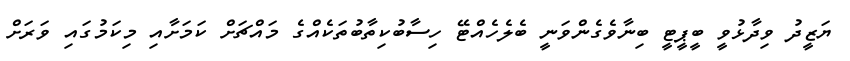
ޔަޒީދު ވިދާޅުވީ ބީޕީޓީ ބިނާވެގެންވަނީ ބެލެހެއްޓޭ ހިސާބުކިތާބުތަކެއްގެ މައްޗަށް ކަމަށާއި މިކަމުގައި ވަރަށް